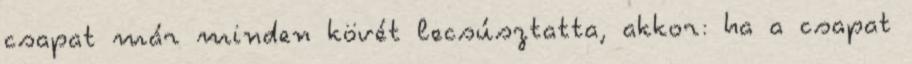
csapat már minden kövét lecsúsztatta, akkor: ha a csapat